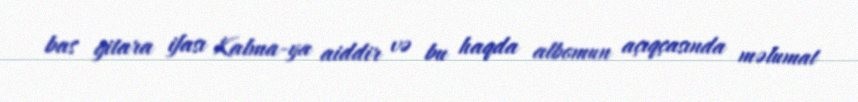
bas gitara ifası Kalma-ya aiddir və bu haqda albomun açıqçasında məlumat